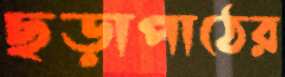
ছড়াপাঠের